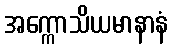
အက္ကောသိယမာနာနံ